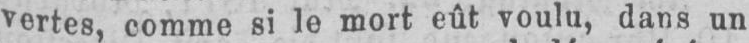
vertes, comme si le mort eût voulu, dans un